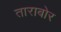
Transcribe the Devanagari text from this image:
ताराबोर